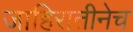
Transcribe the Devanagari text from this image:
जाहिरातीनेच